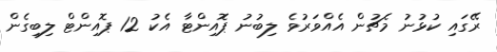
ރޭގައި ކުޅުނު މެޗުން އެއްވަރުވެ ލިބުނު ޕޮއިންޓާ އެކު 12 ޕޮއިންޓް ލިބިގެން